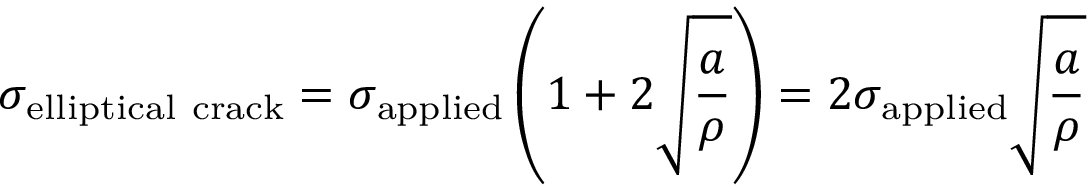
\sigma _ { \mathrm { e l l i p t i c a l \ c r a c k } } = \sigma _ { \mathrm { a p p l i e d } } \left( 1 + 2 { \sqrt { \frac { a } { \rho } } } \right) = 2 \sigma _ { \mathrm { a p p l i e d } } { \sqrt { \frac { a } { \rho } } }